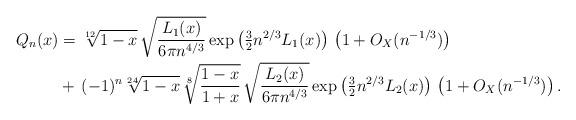
LaTeX: \begin{align*}Q_n(x)&=\sqrt[12]{ 1-x} \,\sqrt{ \frac{ L_1(x) }{6 \pi n^{4/3} } } \exp \left( \tfrac{3}{2} n^{2/3} L_1(x) \right)\, \left( 1+ O_X( n^{-1/3}) \right) \\& + \,(-1)^n\sqrt[24]{ 1-x} \,\sqrt[8]{ \frac{ 1-x}{1+x} } \,\sqrt{ \frac{ L_2(x) }{6 \pi n^{4/3} } } \exp \left( \tfrac{3}{2} n^{2/3} L_2(x) \right)\, \left( 1+ O_X( n^{-1/3}) \right) .\end{align*}